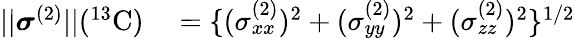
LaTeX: \begin{array}{rl}{||\boldsymbol{\sigma}^{(2)}||(^{13}\mathrm{C})}&{{}=\{ (\sigma_{xx}^{(2)})^{2}+(\sigma_{yy}^{(2)})^{2}+(\sigma_{zz}^{(2)})^{2}\} ^{1/2}}\end{array}